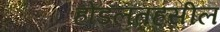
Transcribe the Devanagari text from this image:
होडलतहसील